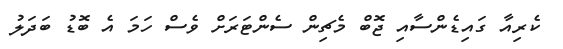
ކެރިއާ ގައިޑެންސާއި ޖޮބް މެޗިން ސެންޓަރަށް ވެސް ހަމަ އެ ބޮޑު ބަދަލު